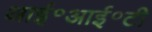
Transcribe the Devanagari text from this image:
आई॰आई॰टी